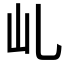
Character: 乢